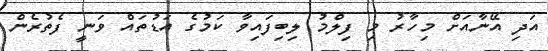
އަދި އޭނާއަށް މިހާރު މި ފިލްމު ލިބިފައިވާ ކަމުގެ އަޑުތައް ވަނީ ފެތުރެން